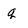
Character: q